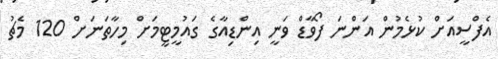
އެފްސީއަށް ކުޅެމުން އަންނަ ފޯވާޑް ވަނީ އިންޑިއާގެ ގައުމީޓީމަށް މިހާތަނަށް 120 މެޗު